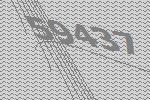
59437